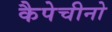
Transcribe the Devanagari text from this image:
कैपेचीनो